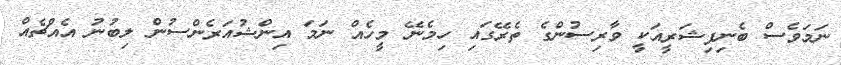
ނަމަވެސް ބެނިފިޝަރީއަކީ ވާރިސުންގެ ތެރޭގައި ހިމެނޭ މީހެއް ނަމަ އިންޝުއަރެންސުން ލިބުނު އެއްޗެއް